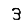
Digit: 3